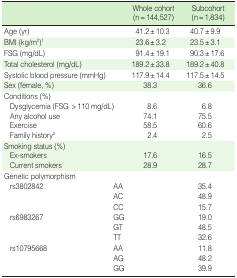
|  |  | Whole cohort (n = 144,527) | Subcohort (n = 1,834) |
 | --- | --- | --- | --- |
 | Age (yr) |  | 41.2±10.3 | 40.7±9.9 |
 | BMI (kg/m2)1 |  | 23.6±3.2 | 23.5±3.1 |
 | FSG (mg/dL) |  | 91.4±19.1 | 90.3±17.6 |
 | Total cholesterol (mg/dL) |  | 189.2±33.8 | 189.2±40.8 |
 | Systolic blood pressure (mmHg) |  | 117.9±14.4 | 117.5±14.5 |
 | Sex (female, %) |  | 38.3 | 36.6 |
 | Conditions (%) |  |  |  |
 | Dysglycemia (FSG >110 mg/dL) |  | 8.6 | 6.8 |
 | Any alcohol use |  | 74.1 | 75.5 |
 | Exercise |  | 58.5 | 60.6 |
 | Family history2 |  | 2.4 | 2.5 |
 | Smoking status (%) |  |  |  |
 | Ex-smokers |  | 17.6 | 16.5 |
 | Current smokers |  | 28.9 | 28.7 |
 | Genetic polymorphism |  |  |  |
 | rs3802842 | AA |  | 35.4 |
 |  | AC |  | 48.9 |
 |  | CC |  | 15.7 |
 | rs6983267 | GG |  | 19.0 |
 |  | GT |  | 48.5 |
 |  | TT |  | 32.6 |
 | rs10795668 | AA |  | 11.8 |
 |  | AG |  | 48.2 |
 |  | GG |  | 39.9 |